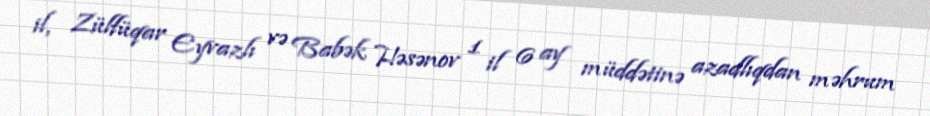
il, Zülfüqar Eyvazlı və Babək Həsənov 1 il 6 ay müddətinə azadlıqdan məhrum